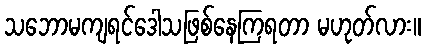
သဘောမကျရင်ဒေါသဖြစ်နေကြရတာ မဟုတ်လား။